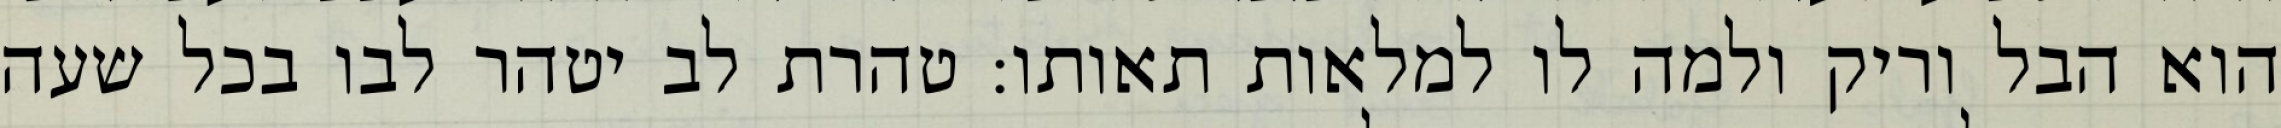
הוא הבל וריק ולמה לו למלאות תאותו: טהרת לב יטהר לבו בכל שעה